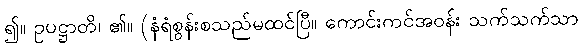
၍။ ဥပဋ္ဌာတိ၊ ၏။ (နံရံစွန်းစသည်မထင်ပြီ။ ကောင်းကင်အဝန်း သက်သက်သာ